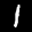
Label: 1